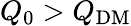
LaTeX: Q_{0}>Q_{\mathrm{DM}}